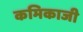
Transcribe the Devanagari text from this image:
कमिकाजी